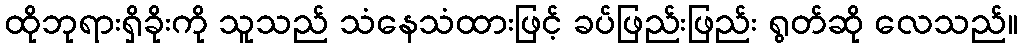
ထိုဘုရားရှိခိုးကို သူသည် သံနေသံထားဖြင့် ခပ်ဖြည်းဖြည်း ရွတ်ဆို လေသည်။